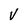
Character: V